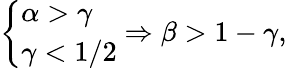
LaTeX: \begin{array}{r}{\left\{ \begin{array}{ll}{\alpha>\gamma}\\ {\gamma<1/2}\end{array}\right.\Rightarrow\beta>1-\gamma,}\end{array}